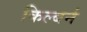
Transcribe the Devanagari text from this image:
किल्बर्न